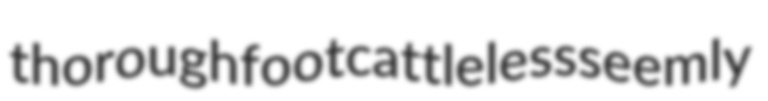
thoroughfoot cattleless seemly